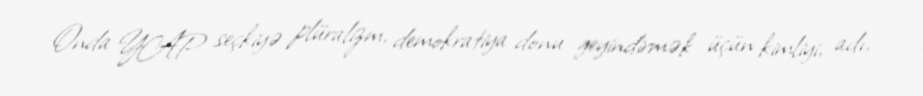
Onda YAP seçkiyə plüralizm, demokratiya donu geyindirmək üçün kimliyi, adı,